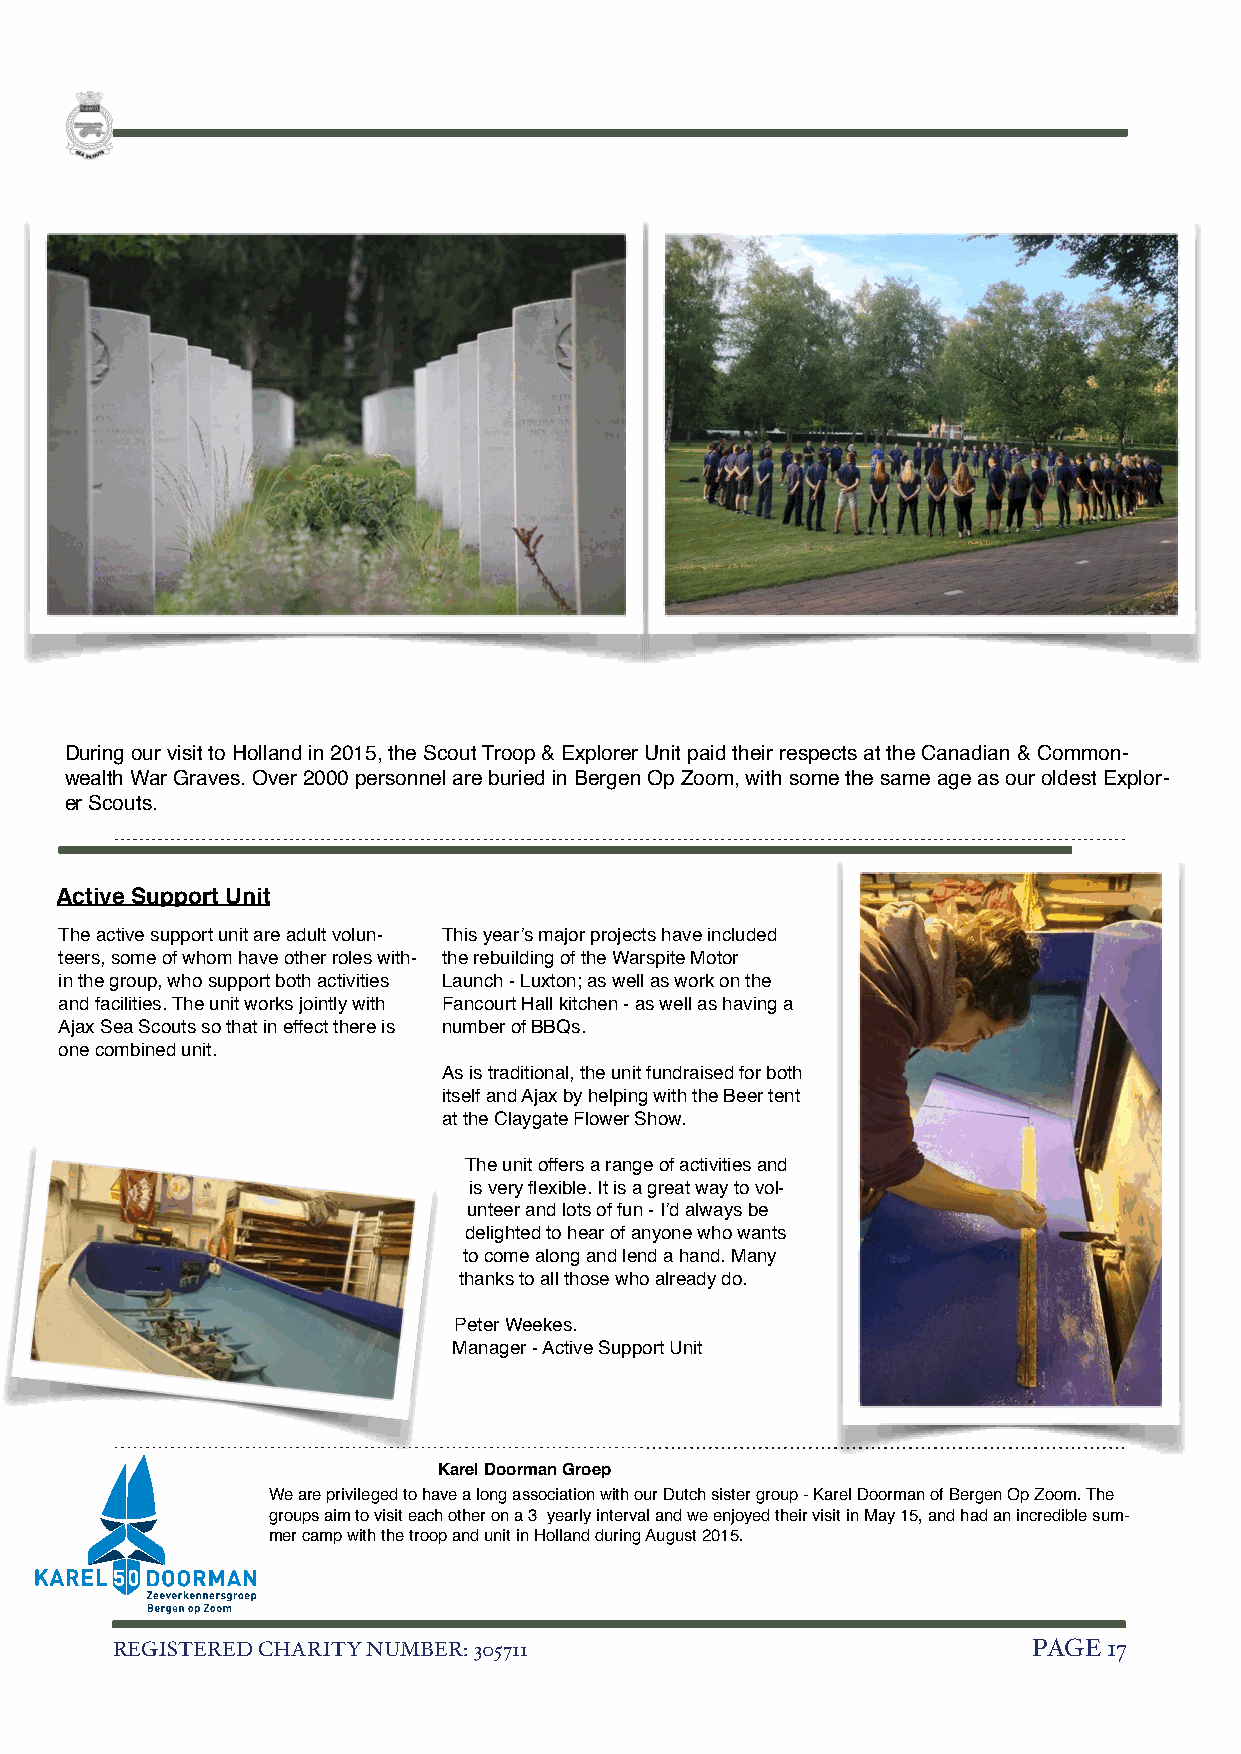
During our visit to Holland in 2015, the Scout Troop & Explorer Unit paid their respects at the Canadian & Common-
 wealth War Graves. Over 2000 personnel are buried in Bergen Op Zoom, with some the same age as our oldest Explor-
 er Scouts.
 Active Support Unit
 The active support unit are adult volun- This year’s major projects have included
 teers, some of whom have other roles with- the rebuilding of the Warspite Motor
 in the group, who support both activities Launch - Luxton; as well as work on the
 and facilities. The unit works jointly with Fancourt Hall kitchen - as well as having a
 Ajax Sea Scouts so that in effect there is number of BBQs.
 one combined unit.
 As is traditional, the unit fundraised for both
 itself and Ajax by helping with the Beer tent
 at the Claygate Flower Show.
 The unit offers a range of activities and
 is very flexible. It is a great way to vol-
 unteer and lots of fun - I’d always be
 delighted to hear of anyone who wants
 to come along and lend a hand. Many
 thanks to all those who already do.
 Peter Weekes.
 Manager - Active Support Unit
 Karel Doorman Groep
 We are privileged to have a long association with our Dutch sister group - Karel Doorman of Bergen Op Zoom. The
 groups aim to visit each other on a 3 yearly interval and we enjoyed their visit in May 15, and had an incredible sum-
 mer camp with the troop and unit in Holland during August 2015.
 REGISTERED CHARITY NUMBER: 305711                            PAGE 1 7